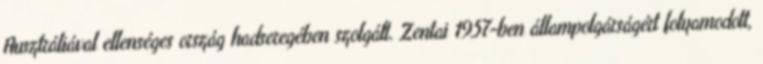
Ausztráliával ellenséges ország hadseregében szolgált. Zentai 1957-ben állampolgárságért folyamodott,